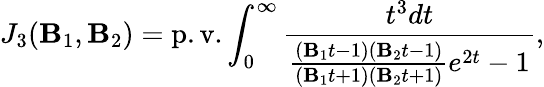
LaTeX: J_{3}(\mathbf{B}_{1},\mathbf{B}_{2})=\mathrm{{p.v.}}\int_{0}^{\infty}\frac{{t^{3}dt}}{{\frac{{(\mathbf{B}_{1}t-1)(\mathbf{B}_{2}t-1)}}{{(\mathbf{B}_{1}t+1)(\mathbf{B}_{2}t+1)}}e^{2t}-1}},